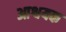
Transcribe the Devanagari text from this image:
आश्वयक